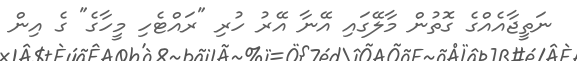
ނަތީޖާއެއްގެ ގޮތުން މާލޭގައި އޭނާ އޭރު ހުރި "ރައްޓެހި މީހާގެ" ގެ އިން